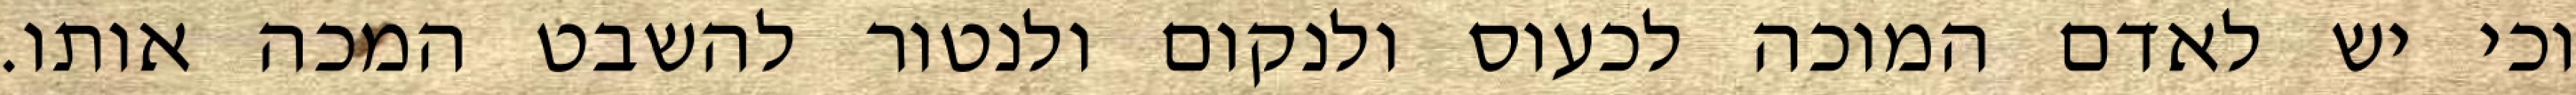
וכי יש לאדם המוכה לכעוס ולנקום ולנטור להשבט המכה אותו.